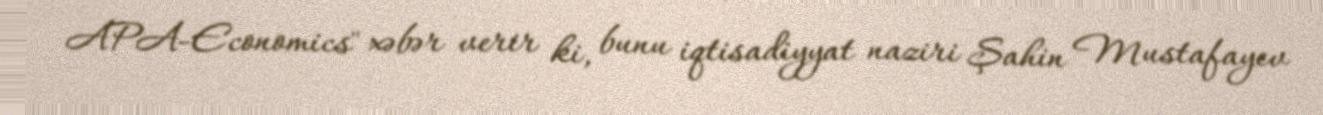
APA-Economics" xəbər verir ki, bunu iqtisadiyyat naziri Şahin Mustafayev